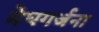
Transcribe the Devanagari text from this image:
मेघगर्जना